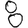
Digit: 8